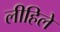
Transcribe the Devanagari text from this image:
लीहिले